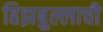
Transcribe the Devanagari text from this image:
हिझबुल्लाची